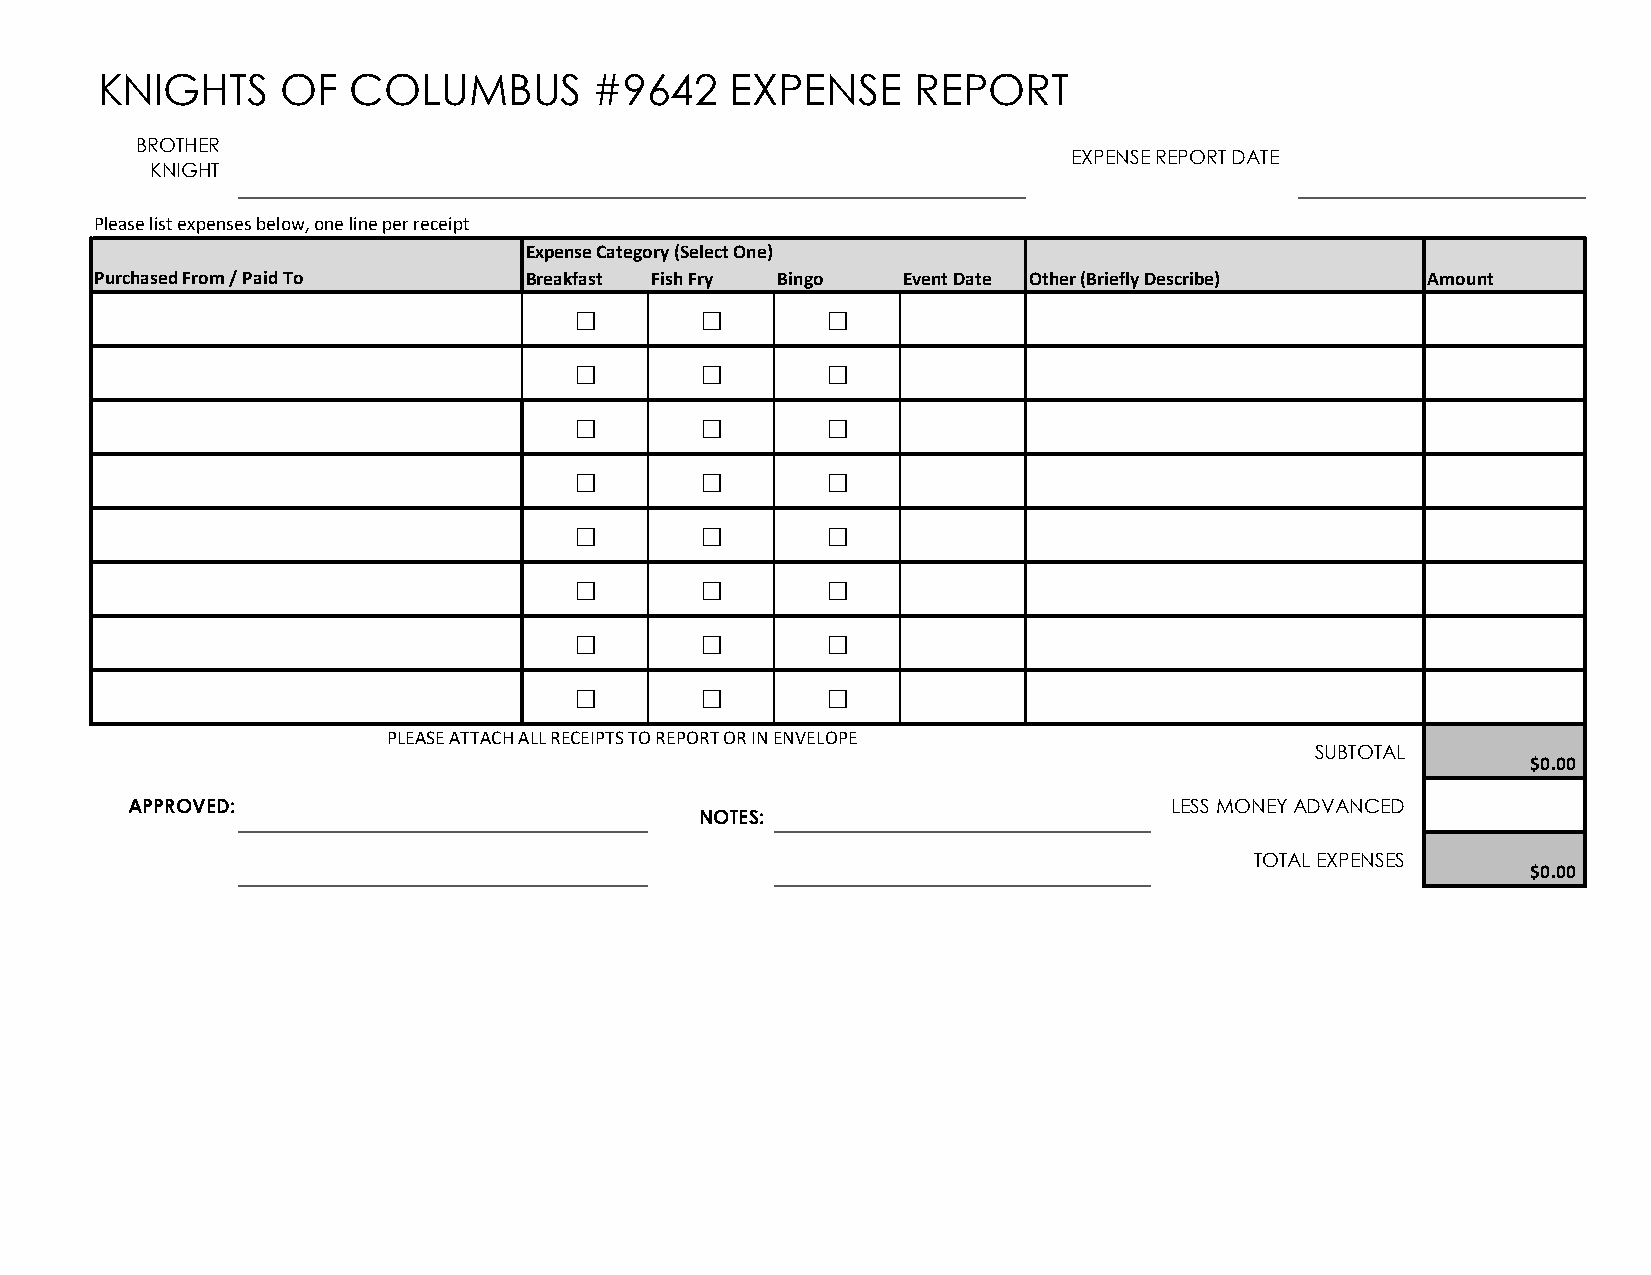
KNIGHTS      OF  COLUMBUS        #9642    EXPENSE      REPORT
 BROTHER
 EXPENSE REPORT DATE
 KNIGHT
 Please list expenses below, one line per receipt
 Expense Category (Select One)
 Purchased From / Paid To     Breakfast Fish Fry Bingo Event Date Other (Briefly Describe) Amount
 □       □        □
 □       □        □
 □       □        □
 □       □        □
 □       □        □
 □       □        □
 □       □        □
 □       □        □
 PLEASE ATTACH ALL RECEIPTS TO REPORT OR IN ENVELOPE
 SUBTOTAL
 $0.00
 APPROVED:                                                             LESS MONEY ADVANCED
 NOTES:
 TOTAL EXPENSES
 $0.00